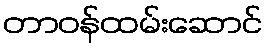
တာဝန်ထမ်းဆောင်